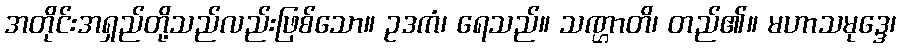
အတိုင်းအရှည်တို့သည်လည်းဖြစ်သော။ ဥဒကံ၊ ရေသည်။ သဏ္ဌာတိ၊ တည်၏။ မဟာသမုဒ္ဒေ၊